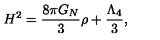
H ^ { 2 } = \frac { 8 \pi G _ { N } } { 3 } \rho + \frac { \Lambda _ { 4 } } { 3 } ,